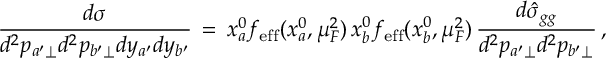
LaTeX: { \frac { d \sigma } { d ^ { 2 } p _ { a ^ { \prime } \perp } d ^ { 2 } p _ { b ^ { \prime } \perp } d y _ { a ^ { \prime } } d y _ { b ^ { \prime } } } } \, = \, x _ { a } ^ { 0 } f _ { \mathrm { e f f } } ( x _ { a } ^ { 0 } , \mu _ { F } ^ { 2 } ) \, x _ { b } ^ { 0 } f _ { \mathrm { e f f } } ( x _ { b } ^ { 0 } , \mu _ { F } ^ { 2 } ) \, { \frac { d \hat { \sigma } _ { g g } } { d ^ { 2 } p _ { a ^ { \prime } \perp } d ^ { 2 } p _ { b ^ { \prime } \perp } } } \, ,